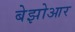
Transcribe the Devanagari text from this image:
बेझोआर